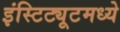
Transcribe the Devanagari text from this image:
इंस्टिट्यूटमध्ये